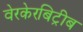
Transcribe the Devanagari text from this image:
वेरकेरबिट्रीब